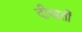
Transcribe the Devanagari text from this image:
दीखतीं